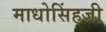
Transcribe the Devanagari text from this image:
माधोसिंहजी